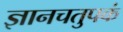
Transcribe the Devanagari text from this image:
ज्ञानचतुपकं